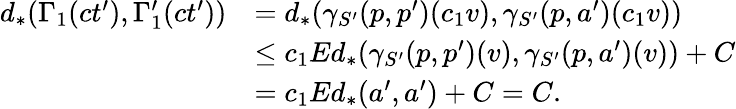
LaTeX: \begin{array}{rl}{d_{*}(\Gamma_{1}(ct^{\prime}),\Gamma_{1}^{\prime}(ct^{\prime}))}&{=d_{*}(\gamma_{S^{\prime}}(p,p^{\prime})(c_{1}v),\gamma_{S^{\prime}}(p,a^{\prime})(c_{1}v))}\\ &{\leq c_{1}Ed_{*}(\gamma_{S^{\prime}}(p,p^{\prime})(v),\gamma_{S^{\prime}}(p,a^{\prime})(v))+C}\\ &{=c_{1}Ed_{*}(a^{\prime},a^{\prime})+C=C.}\end{array}